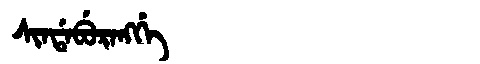
Manchu: ᠰᡳᠨᡩᠠᠪᡠᡵᠠᠩᡤᡝ
Romanization: SINDABURANGGE